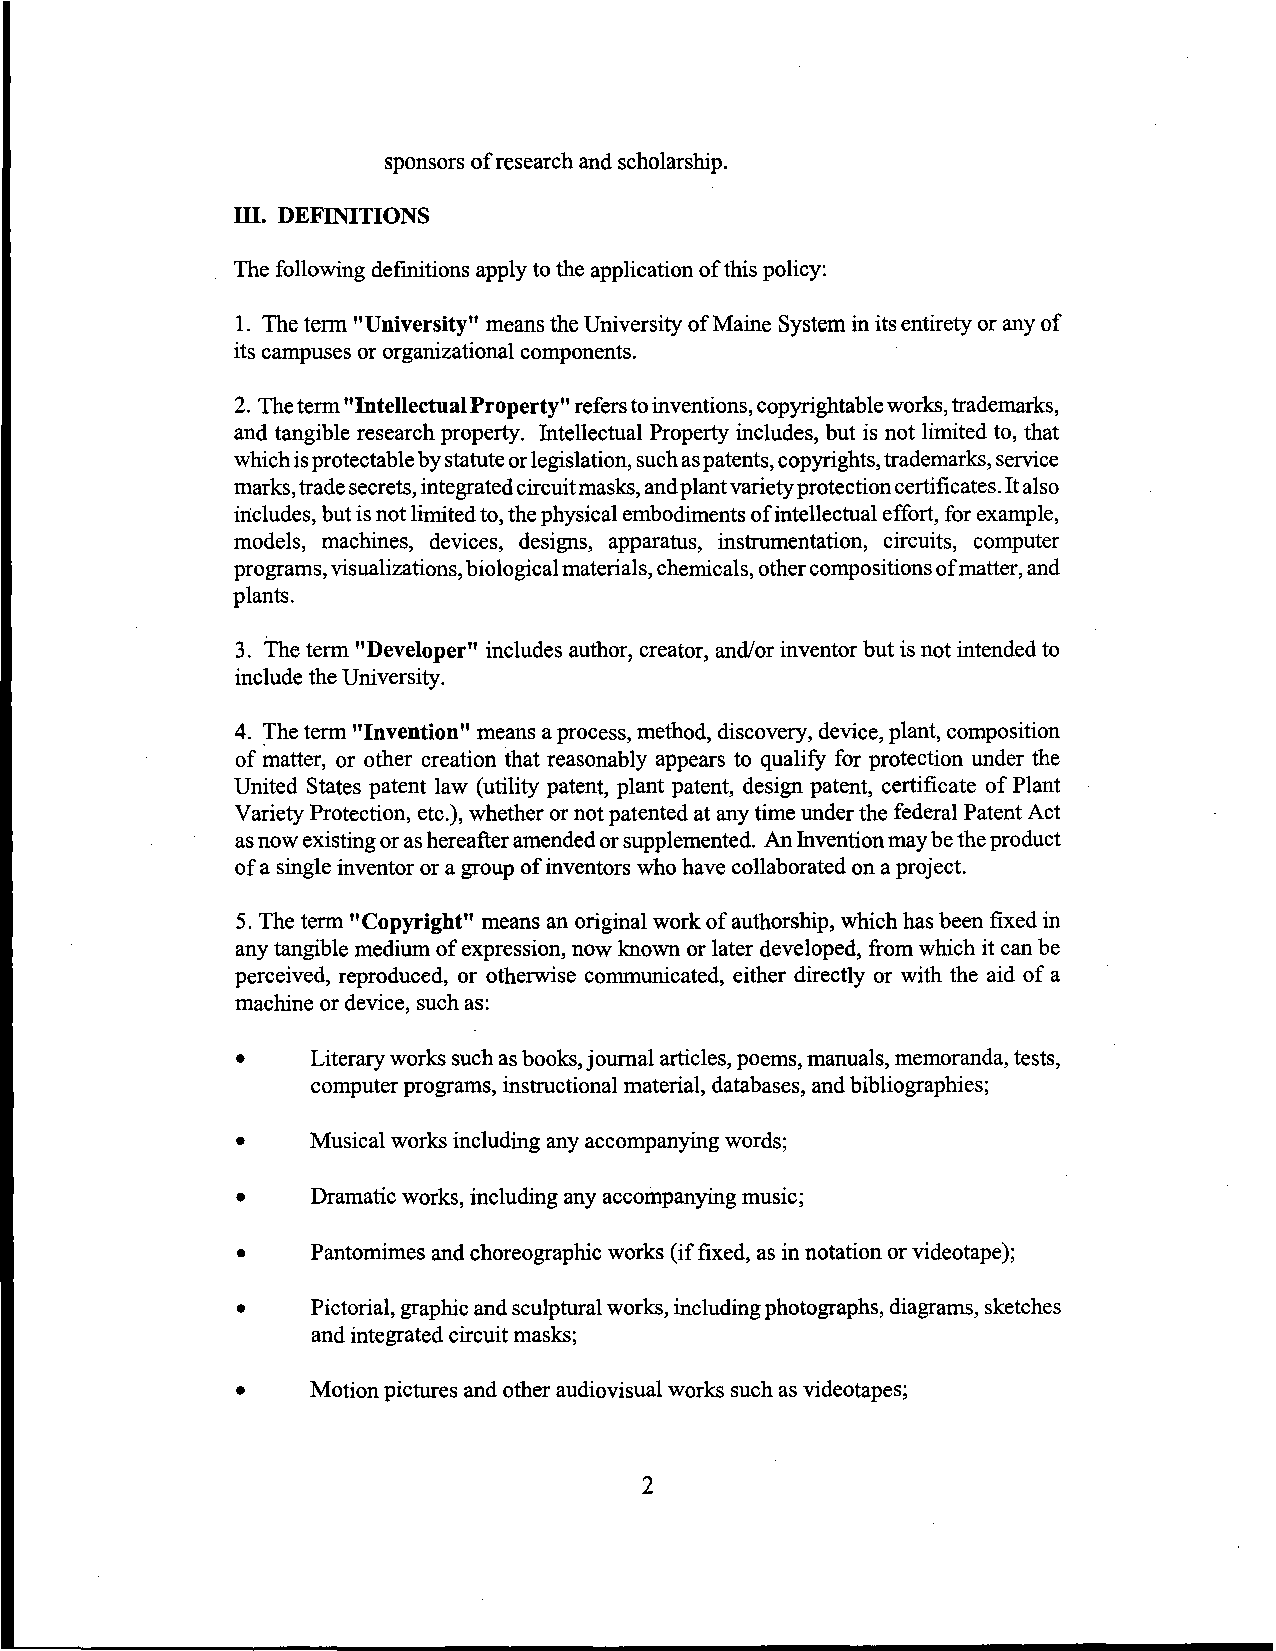
sponsors of research and scholarship.
 ill. DEFINITIONS
 The following definitions apply to the application of this policy:
 1. The term "University" means the University of Maine System in its entirety or any of
 its campuses or organizational components.
 2. The term "Intellectual Property" refers to inventions, copyrightable works, trademarks,
 and tangible research property. Intellectual Property includes, but is not limited to, that
 which is protectable by statute or legislation, such as patents, copyrights, trademarks, service
 marks, trade secrets, integrated circuit masks, and plant variety protection certificates. It also
 includes, but is not limited to, the physical embodiments of intellectual effort, for example,
 models, machines, devices, designs, apparatus, instrumentation, circuits, computer
 programs, visualizations, biological materials, chemicals, other compositions of matter, and
 plants.
 3. The term "Developer" includes author, creator, and/or inventor but is not intended to
 include the University.
 4. The term "Invention" means a process, method, discovery, device, plant, composition
 of matter, or other creation that reasonably appears to qualify for protection under the
 United States patent law (utility patent, plant patent, design patent, certificate of Plant
 Variety Protection, etc.), whether or not patented at any time under the federal Patent Act
 as now existing or as hereafter amended or supplemented. An Invention may be the product
 of a single inventor or a group of inventors who have collaborated on a project.
 5. The term "Copyright" means an original work of authorship, which has been fixed in
 any tangible medium of expression, now known or later developed, from which it can be
 perceived, reproduced, or otherwise communicated, either directly or with the aid of a
 machine or device, such as:
 •    Literary works such as books, journal articles, poems, manuals, memoranda, tests,
 computer programs, instructional material, databases, and bibliographies;
 •    Musical works including any accompanying words;
 •    Dramatic works,including any accompanying music;
 •    Pantomimes and choreographic works (if fixed, as in notation or videotape);
 •    Pictorial, graphic and sculptural works, including photographs, diagrams, sketches
 and integrated circuit masks;
 •    Motion pictures and other audiovisual works such as videotapes;
 2